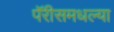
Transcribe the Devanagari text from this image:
पॅरीसमधल्या